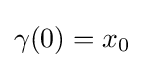
\gamma (0)=x_{0}